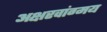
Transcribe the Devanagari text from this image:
अक्षरवांग्मय